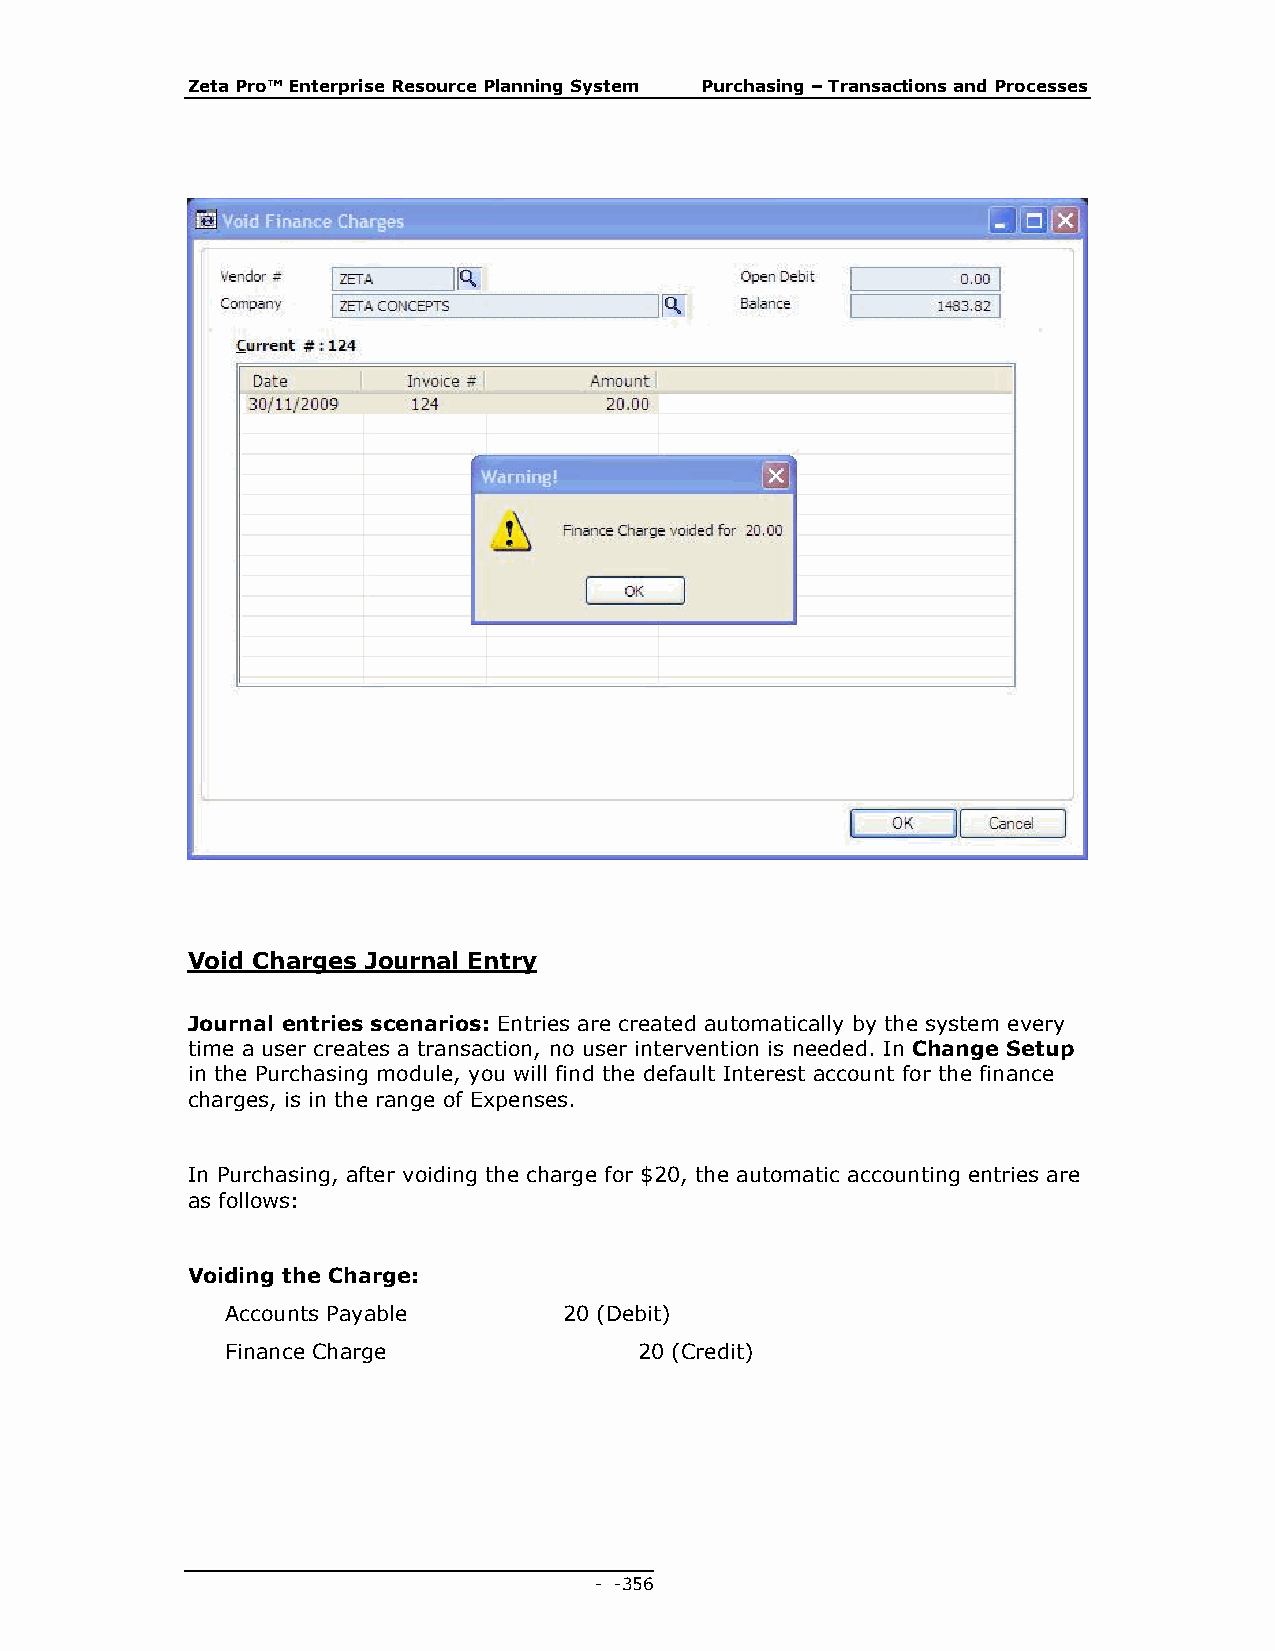
Zeta Pro™ Enterprise Resource Planning System Purchasing – Transactions and Processes
 Void Charges Journal Entry
 Journal entries scenarios: Entries are created automatically by the system every
 time a user creates a transaction, no user intervention is needed. In Change Setup
 in the Purchasing module, you will find the default Interest account for the finance
 charges, is in the range of Expenses.
 In Purchasing, after voiding the charge for $20, the automatic accounting entries are
 as follows:
 Voiding the Charge:
 Accounts Payable      20 (Debit)
 Finance Charge             20 (Credit)
 - - 356